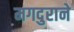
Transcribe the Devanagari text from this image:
मगदुराने